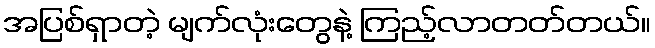
အပြစ်ရှာတဲ့ မျက်လုံးတွေနဲ့ ကြည့်လာတတ်တယ်။